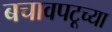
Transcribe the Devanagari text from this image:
बचावपटूच्या